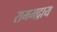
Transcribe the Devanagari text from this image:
रामभद्राय